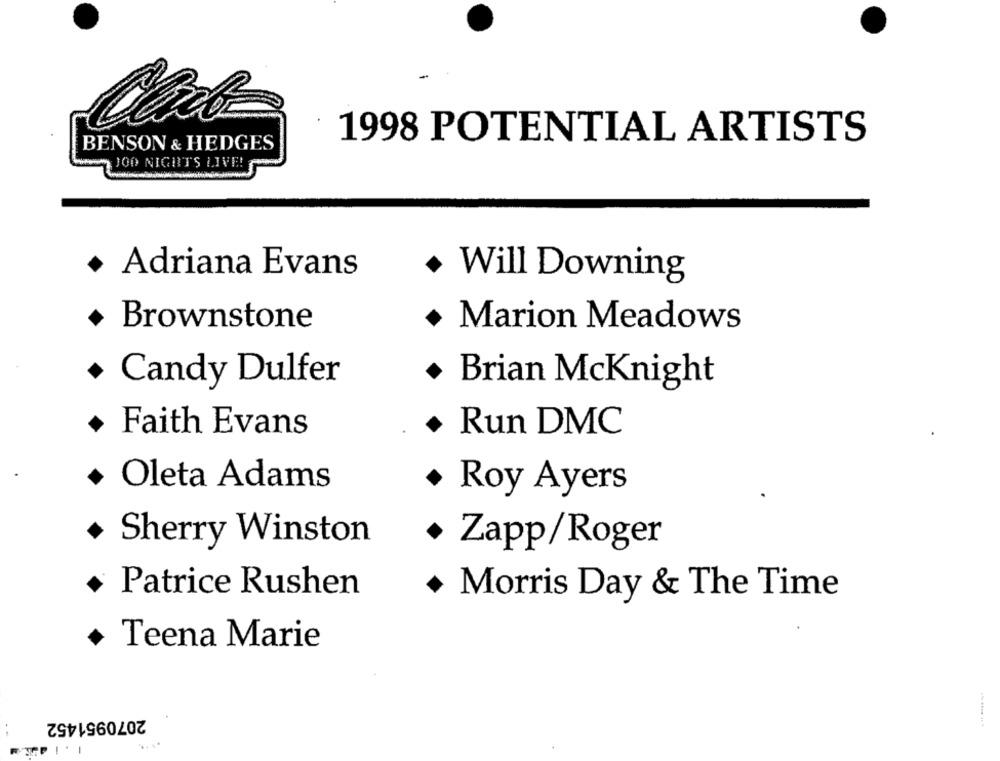
1998 POTENTIAL ARTISTS
BENSON & HEDGES
JOO NIGHTS LIVE!
· Adriana Evans
+ Will Downing
+ Brownstone
Marion Meadows
+ Candy Dulfer
· Brian Mcknight
· Faith Evans
. Run DMC
Oleta Adams
Roy Ayers
Sherry Winston
+ Zapp/Roger
Patrice Rushen
Morris Day & The Time
Teena Marie
2070951452